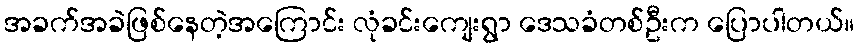
အခက်အခဲဖြစ်နေတဲ့အကြောင်း လုံခင်းကျေးရွာ ဒေသခံတစ်ဦးက ပြောပါတယ်။